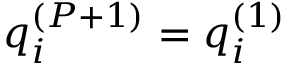
q _ { i } ^ { ( P + 1 ) } = q _ { i } ^ { ( 1 ) }